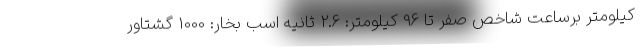
کیلومتر برساعت شاخص صفر تا 96 کیلومتر: 2.6 ثانیه اسب بخار: 1000 گشتاور